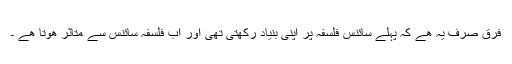
فرق صرف یہ ھے کہ پہلے سائنس فلسفہ پر اپنی بنیاد رکھتی تھی اور اب فلسفہ سائنس سے متاثر ھوتا ھے ۔